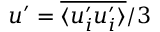
u ^ { \prime } = \overline { { \langle u _ { i } ^ { \prime } u _ { i } ^ { \prime } \rangle } } / 3